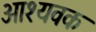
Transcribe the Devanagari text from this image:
आश्यवक